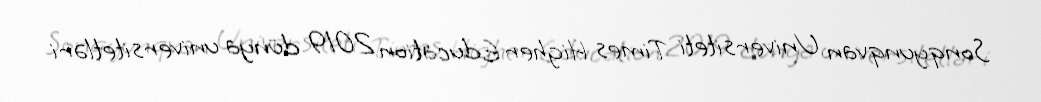
Sonqyunqvan Universiteti Times Higher Education 2019 dünya universitetləri